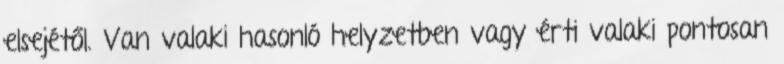
elsejétől. Van valaki hasonló helyzetben vagy érti valaki pontosan